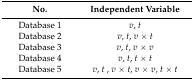
| No. | Independent Variable |
 | --- | --- |
 | Database 1 | v, t |
 | Database 2 | v, t, v × t |
 | Database 3 | v, t, v × v |
 | Database 4 | v, t, t × t |
 | Database 5 | v, t , v × t, v × v, t × t |